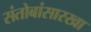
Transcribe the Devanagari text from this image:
संतोबांसारखा